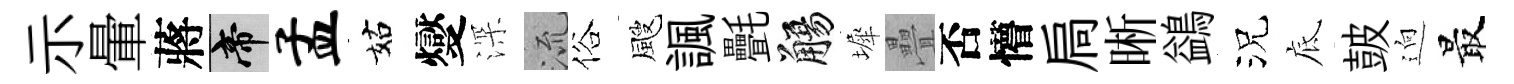
示暈蔣帝孟姑燮深𣴑俗颼諷㲲觴墀疊否懵扃晰鷁況底皷逈最